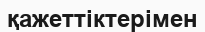
қажеттіктерімен